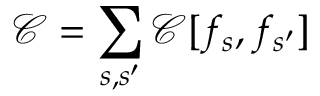
\mathcal { C } = \sum _ { s , s ^ { \prime } } \mathcal { C } [ f _ { s } , f _ { s ^ { \prime } } ]